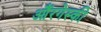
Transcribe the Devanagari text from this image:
औंरगेस्की